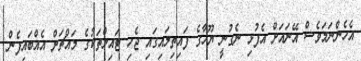
އެހެންނަމަވެސް އޭނައަށް އެފުޅި ނެގުނީ ޔޫހާގެ ފައިތިލައިގައި ޖެހި ޓައިލްތަކުގެ މައްޗަށް އެއްބައިފެން